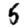
Digit: 5